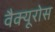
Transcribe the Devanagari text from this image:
वैक्यूरोस